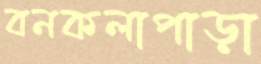
বনকলাপাড়া